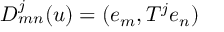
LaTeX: D _ { m n } ^ { j } ( u ) = ( e _ { m } , T ^ { j } e _ { n } )